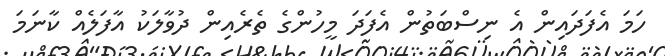
ހަމަ އެފަދައިން އެ ނިސްބަތުން އެފަދަ މީހުންގެ ތެރެއިން ދުވާލަކު އާފަލެއް ކާނަމަ